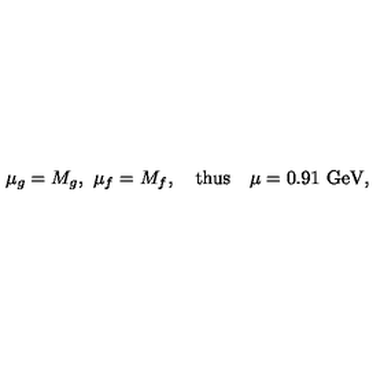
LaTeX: \mu _ { g } = M _ { g } , \ \mu _ { f } = M _ { f } , \quad \mathrm { t h u s } \quad \mu = 0 . 9 1 \ \mathrm { G e V } ,